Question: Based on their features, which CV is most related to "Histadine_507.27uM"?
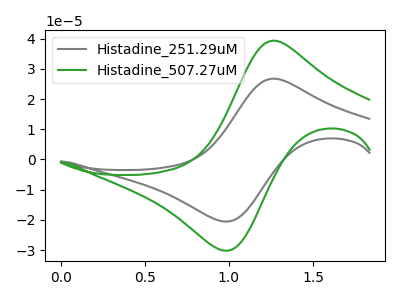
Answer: <think>The gray curve "Histadine_251.29uM" has an anodic peak at (1.25V, 26.75uA) and a cathodic peak at (0.95V, -20.50uA). The green curve "Histadine_507.27uM" has an anodic peak at (1.25V, 39.35uA) and a cathodic peak at (0.95V, -30.15uA).
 All the peaks in "Histadine_251.29uM" have a peak in "Histadine_507.27uM" at the same potential. Every peak in "Histadine_251.29uM" is lower than every peak in "Histadine_507.27uM".</think>
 <answer>The CV with the most similar shape to "Histadine_251.29uM" is "Histadine_507.27uM".</answer>
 <eval>"Histadine_507.27uM"</eval>